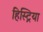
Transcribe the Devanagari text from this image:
हिस्ट्रिया